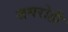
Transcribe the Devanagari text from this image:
जयरोही